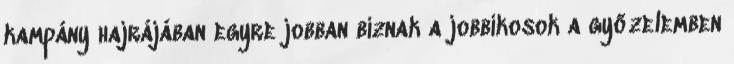
kampány hajrájában egyre jobban bíznak a jobbikosok a győzelemben